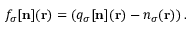
f _ { \sigma } [ { \bf n } ] ( { \bf r } ) = \left( q _ { \sigma } [ { \bf n } ] ( { \bf r } ) - n _ { \sigma } ( { \bf r } ) \right) .